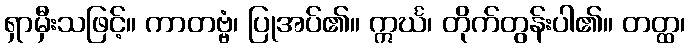
ရှာမှီးသဖြင့်။ ကာတဗ္ဗံ၊ ပြုအပ်၏။ ဣင်္ဃ၊ တိုက်တွန်းပါ၏။ တတ္ထ၊